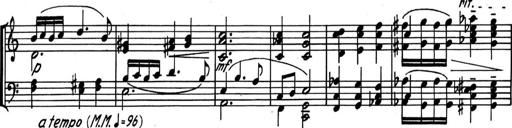
Title: Kleine Sonate
Composer: Raoul Koczalski
Key: C major